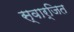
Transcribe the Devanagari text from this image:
स्वार्जित